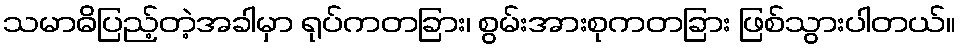
သမာဓိပြည့်တဲ့အခါမှာ ရုပ်ကတခြား၊ စွမ်းအားစုကတခြား ဖြစ်သွားပါတယ်။